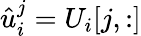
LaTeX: \hat{u}_{i}^{j}=U_{i}[j,:]